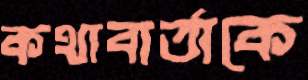
কথাবার্তাকে